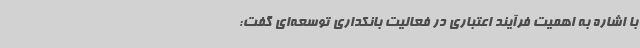
با اشاره به اهمیت فرآیند اعتباری در فعالیت بانکداری توسعه‌ای گفت: